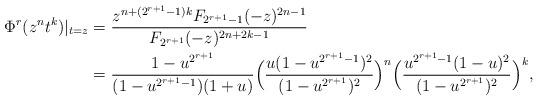
LaTeX: \begin{align*} \Phi^{r}(z^{n}t^{k})|_{t=z} &= \frac{z^{n + (2^{r+1}-1)k} F_{2^{r+1}-1}(-z)^{2n-1}}{F_{2^{r+1}}(-z)^{2n+2k-1}} \\ &= \frac{1 - u^{2^{r+1}}}{(1-u^{2^{r+1} -1})(1+u)} \Big(\frac{u (1 - u^{2^{r+1}-1})^{2}}{(1 - u^{2^{r+1}})^{2}}\Big)^{n} \Big(\frac{u^{2^{r+1}-1} (1-u)^{2}}{(1-u^{2^{r+1}})^{2}}\Big)^{k}, \end{align*}